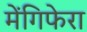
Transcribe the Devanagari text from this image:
मेंगिफेरा